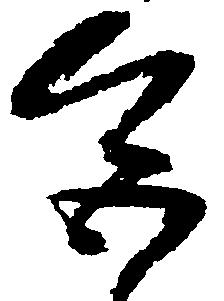
色